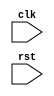
module bus_controller (
    input wire clk,
    input wire rst,
    // Add input and output ports based on the specific requirements
);

// Clock generator module
// FIFO buffer module
// Synchronization logic module
// Error detection and correction module
// Bus protocol support module
// Configurable module

// Implementation of the Timing control and synchronization logic

endmodule